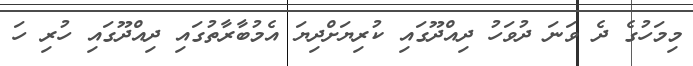
މިމަހުގެ ދެ ވަނަ ދުވަހު ދިއްދޫގައި ކުރިޔަށްދިޔަ އެމުބާރާތުގައި ދިއްދޫގައި ހުރި ހަ